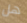
هل